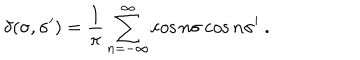
LaTeX: \delta ( \sigma , \sigma ^ { \prime } ) = \frac { 1 } { \pi } \sum _ { n = - \infty } ^ { \infty } \cos n \sigma \cos n \sigma ^ { \prime } \ .